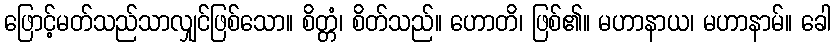
ဖြောင့်မတ်သည်သာလျှင်ဖြစ်သော။ စိတ္တံ၊ စိတ်သည်။ ဟောတိ၊ ဖြစ်၏။ မဟာနာယ၊ မဟာနာမ်။ ခေါ